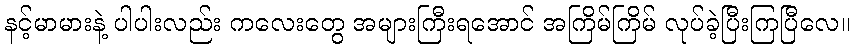
နင့်မာမားနဲ့ ပါပါးလည်း ကလေးတွေ အများကြီးရအောင် အကြိမ်ကြိမ် လုပ်ခဲ့ပြီးကြပြီလေ။